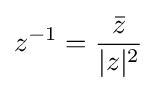
z^{-1}={\frac {\bar {z}}{|z|^{2}}}